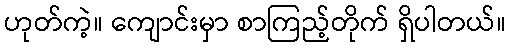
ဟုတ်ကဲ့။ ကျောင်းမှာ စာကြည့်တိုက် ရှိပါတယ်။